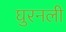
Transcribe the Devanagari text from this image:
घुरनली